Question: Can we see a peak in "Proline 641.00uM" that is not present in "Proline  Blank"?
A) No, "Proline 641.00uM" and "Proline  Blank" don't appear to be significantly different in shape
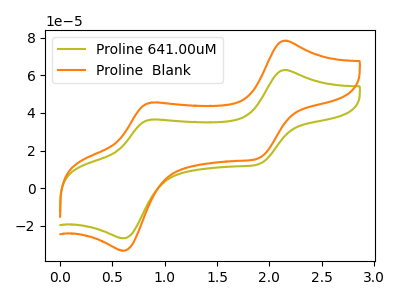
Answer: <think>The olive curve "Proline 641.00uM" has anodic peaks at (2.15V, 62.80uA) (0.85V, 36.45uA) and cathodic peaks at (1.90V, 12.95uA) (0.60V, -26.55uA). The orange curve "Proline  Blank" has anodic peaks at (2.15V, 78.40uA) (0.85V, 45.50uA) and cathodic peaks at (1.90V, 16.15uA) (0.60V, -33.15uA).
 All the peaks in "Proline 641.00uM" have a peak in "Proline  Blank" at the same potential.</think>
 <answer>A) No, "Proline 641.00uM" and "Proline  Blank" don't appear to be significantly different in shape</answer>
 <eval>A</eval>